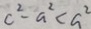
c ^ { 2 } - a ^ { 2 } < a ^ { 2 }